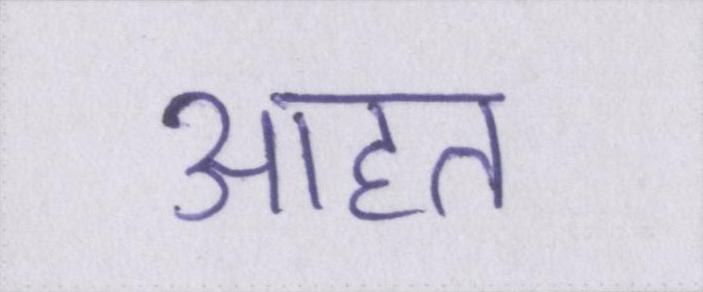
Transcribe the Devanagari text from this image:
आहत